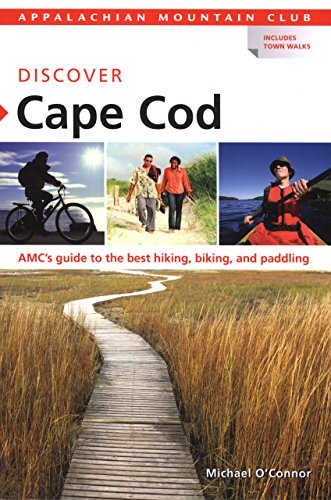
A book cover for AMC Discover Cape Cod: AMC's Guide To The Best Hiking, Biking, And Paddling (Appalachian Mountain Club: Discover Cape Cod); Michael O'connor; Sports & Outdoors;